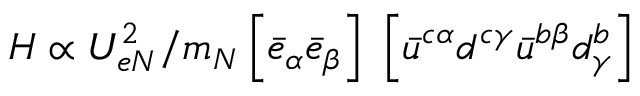
H \propto U _ { e N } ^ { 2 } / m _ { N } \left\lbrack \bar { e } _ { \alpha } \bar { e } _ { \beta } \right\rbrack \ \left\lbrack \bar { u } ^ { c \alpha } d ^ { c \gamma } \bar { u } ^ { b \beta } d _ { \gamma } ^ { b } \right\rbrack